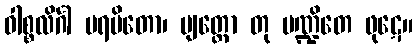
ဝါစ္စလိင်္ဂါ ပရမိတော၊ ဗျတ္တော တု ပဏ္ဍိတေ ဖုဋေ။